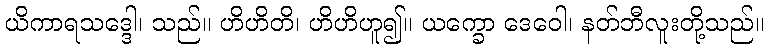
ယိကာရသဒ္ဒေါ၊ သည်။ ဟိဟိတိ၊ ဟိဟိဟူ၍။ ယက္ခော ဒေဝေါ၊ နတ်ဘီလူးတို့သည်။